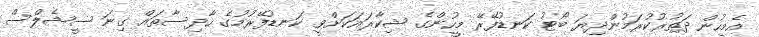
އެމީހުން ދަތުރުކުރަމުންދިޔަ ބޯޓު ކަނޑުފޭރޭ މީހުންގެ ޝިކާރައަކަށްވީ ކަނޑުފޭރުމުގެ ހާދިސާތައް ގިނަ ސީޝެލްސް